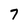
Character: 7